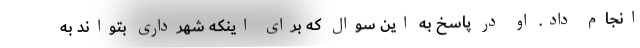
انجام داد. او در پاسخ به این سوال که برای اینکه شهرداری بتواند به